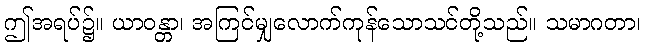
ဤအရပ်၌။ ယာဝန္တာ၊ အကြင်မျှလောက်ကုန်သောသင်တို့သည်။ သမာဂတာ၊